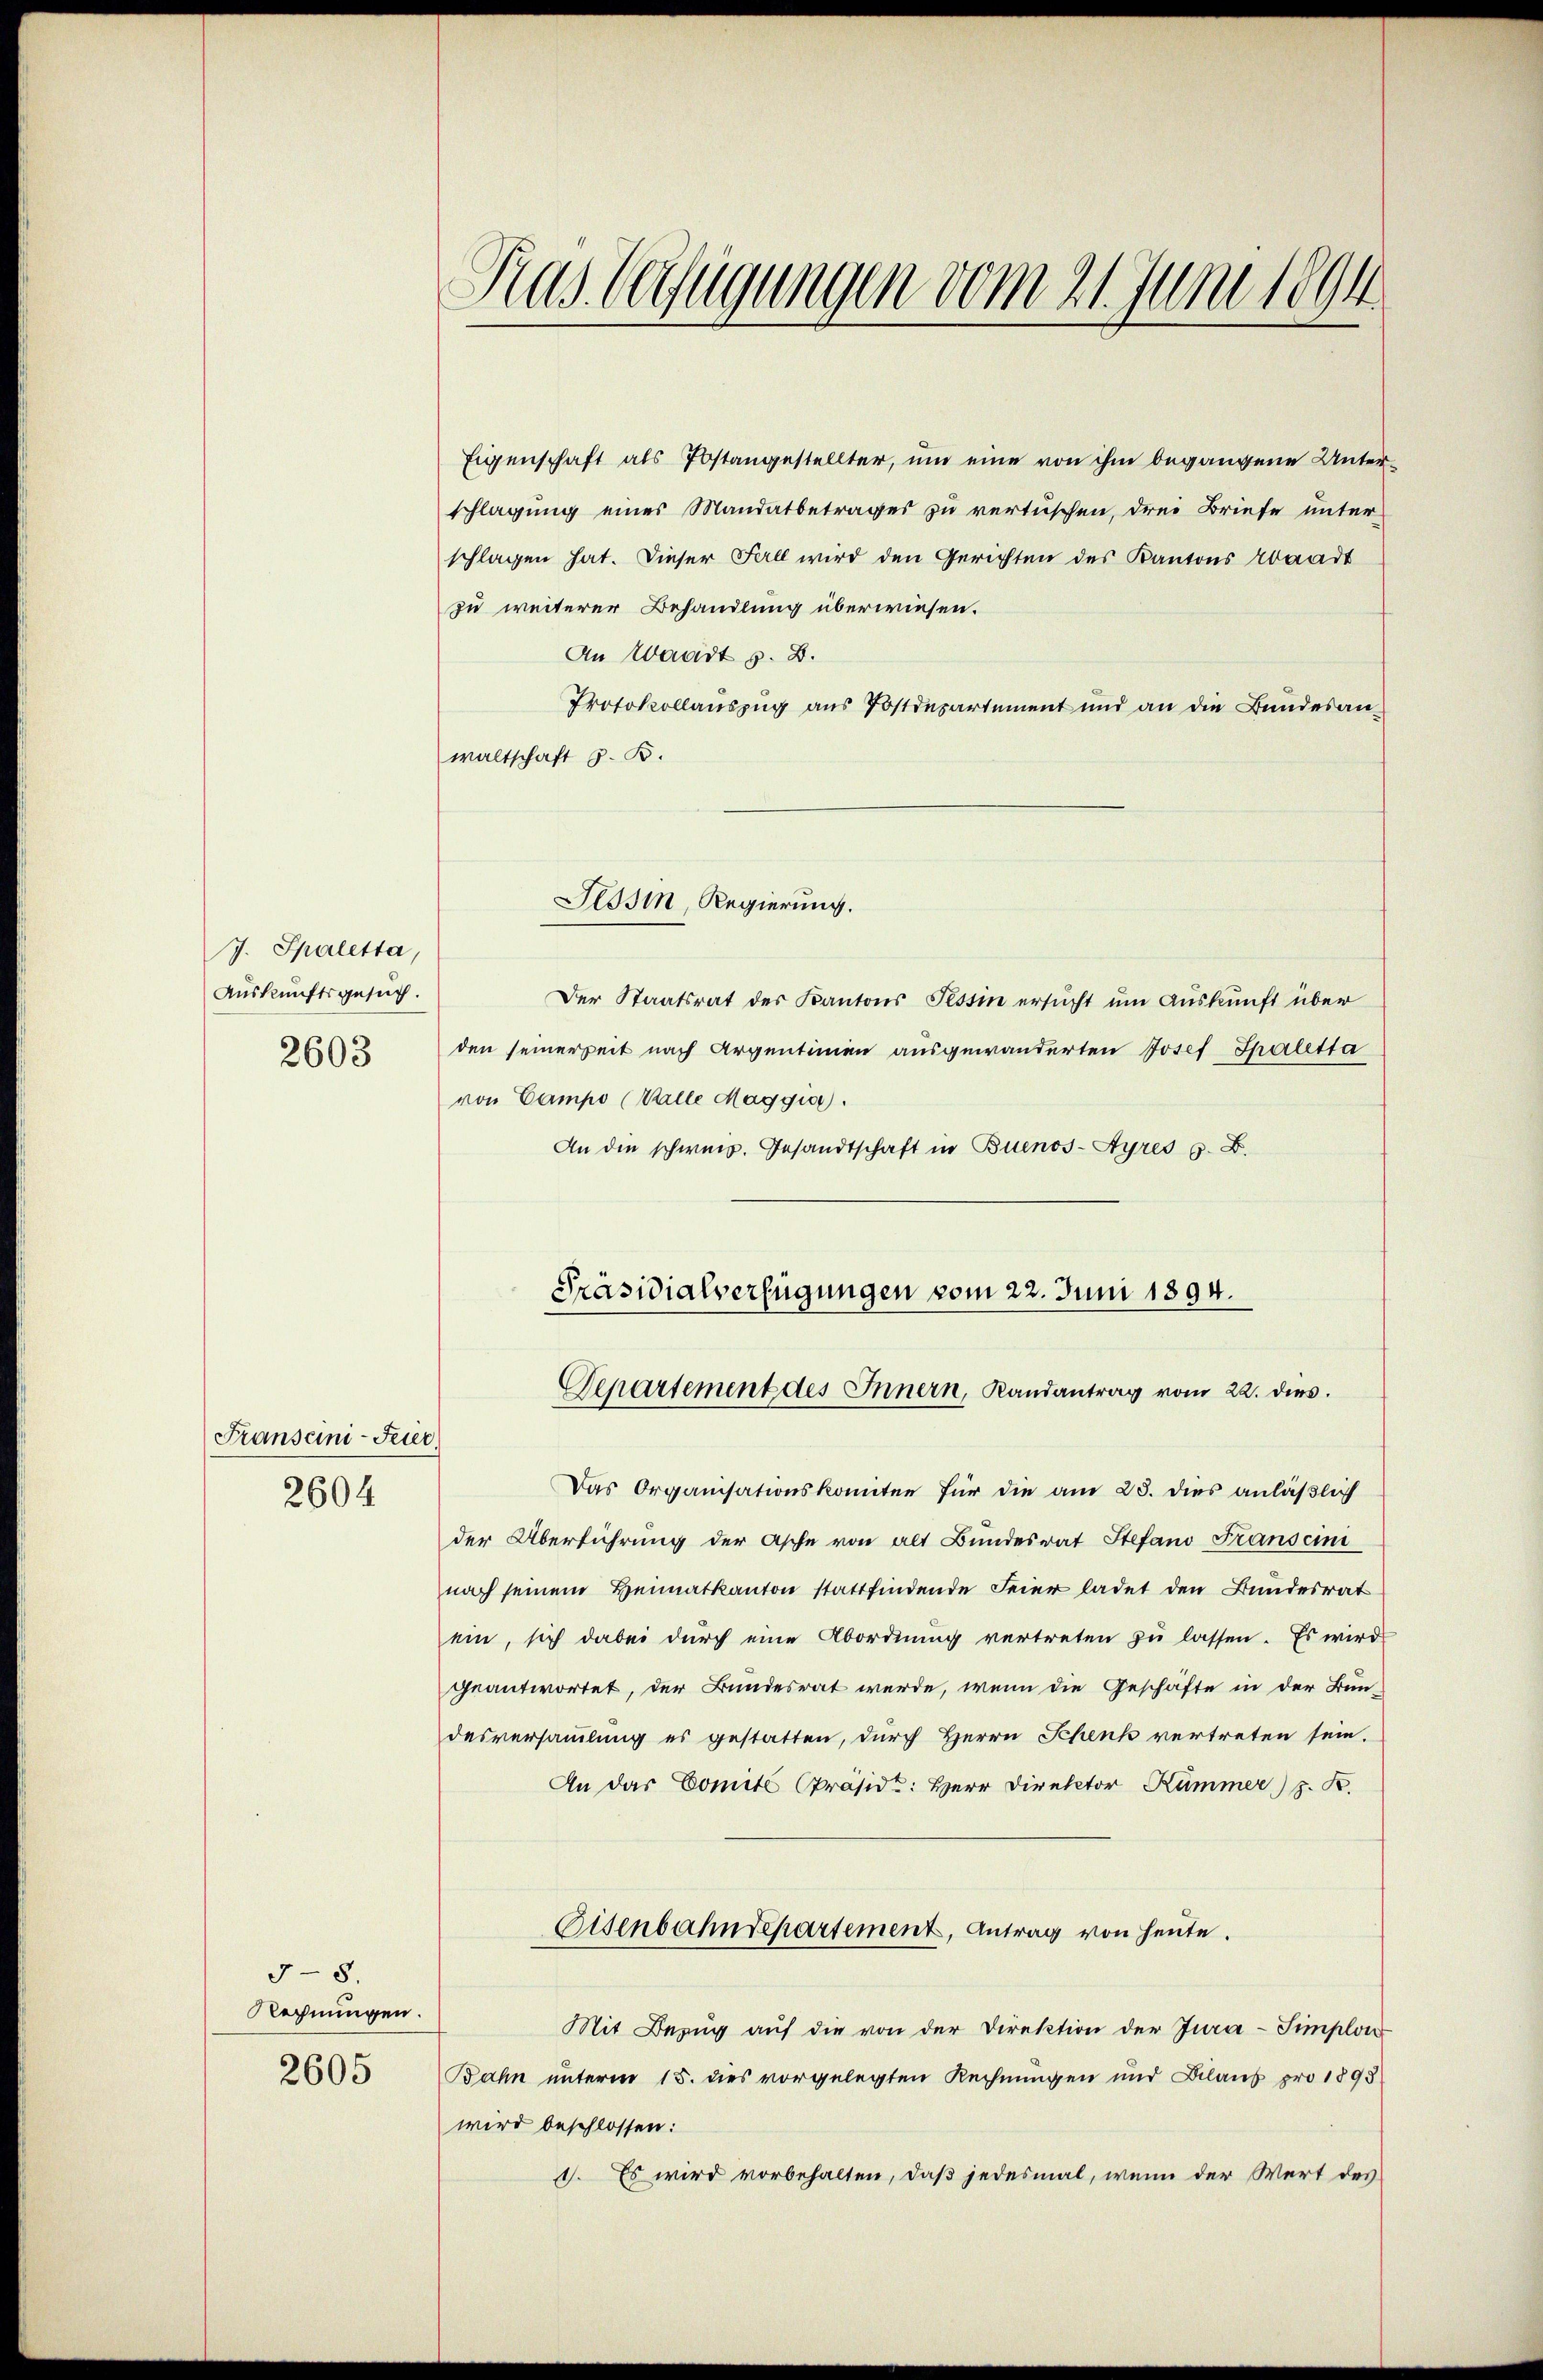
J. Spaletta,
Auskunftsgesuch.
2603

Franseini-Feier
2604

5-8.
Rechnungen.
2605

Ras Verfügungen vom 21. Juni 1894

Eigenschaft als Postangestellter, um eine von ihm begangene Unterschlagung eines Mandatbetrages zu vertüschen, drei Briefe unter
schlagen hat. Dieser Fall wird den Gerichten des Kantons baadt
zu weiterer Behandlung überwiesen.
An Waadt z. B.
Protokollauszug aus Postdepartement und an die Bundesanwaltschaft z. B.
Sosi, Regierung.
Der Staatsrat des Kantons Tessin ersŭcht um Auskunft über
den seinerseit nach Argentinen ausgewanderten Josef Thaletta
von Campo (Walle Maggia.
An die schweiz. Gesandtschaft in Buenos-Ayres s. B.
Präsidialverfügungen vom 22. Juni 1894.

Departement des Innern, Randantrag vom 22. dies.

Das Organisationskomiten für die am 28. dies anläßlich
der Überführung der Asche von alt Bundesrat Stefano Franscin
nach seinem Heimatkanton stattfindende Feier ladet den Bundesrat
ein, sich dabei durch eine Abordnung vertreten zu lassen. Es wird
geantwortet, der Bundesrat werde, wenn die Geschäfte in der Bun-
desversammlung es gestatten, durch Herrn Schenk vertreten sein.
An das Comité präsidt: Herr Direktor Kümmer) J. K.
Eisenbahndepartement, Antrag von heute.
Mit Bezŭg aŭf die von der Direktion der Jura-Simplon
Bahn unterm 15. dies vorgelegten Rechnungen und Klaus pro 1898
wird beschlossen:
1. Es wird vorbehalten, daß jedesmal, wenn der Wert des